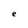
Character: e